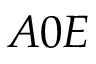
A 0 E